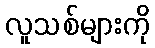
လူသစ်များကို